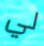
لي